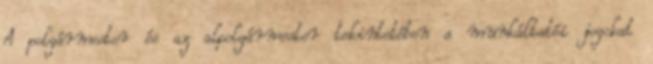
A polgármester és az alpolgármester tekintetében a munkáltatói jogokat